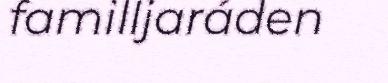
familljaráden